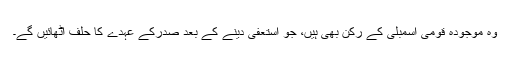
وہ موجودہ قومی اسمبلی کے رکن بھی ہیں، جو استعفیٰ دینے کے بعد صدرکے عہدے کا حلف اُٹھائیں گے۔